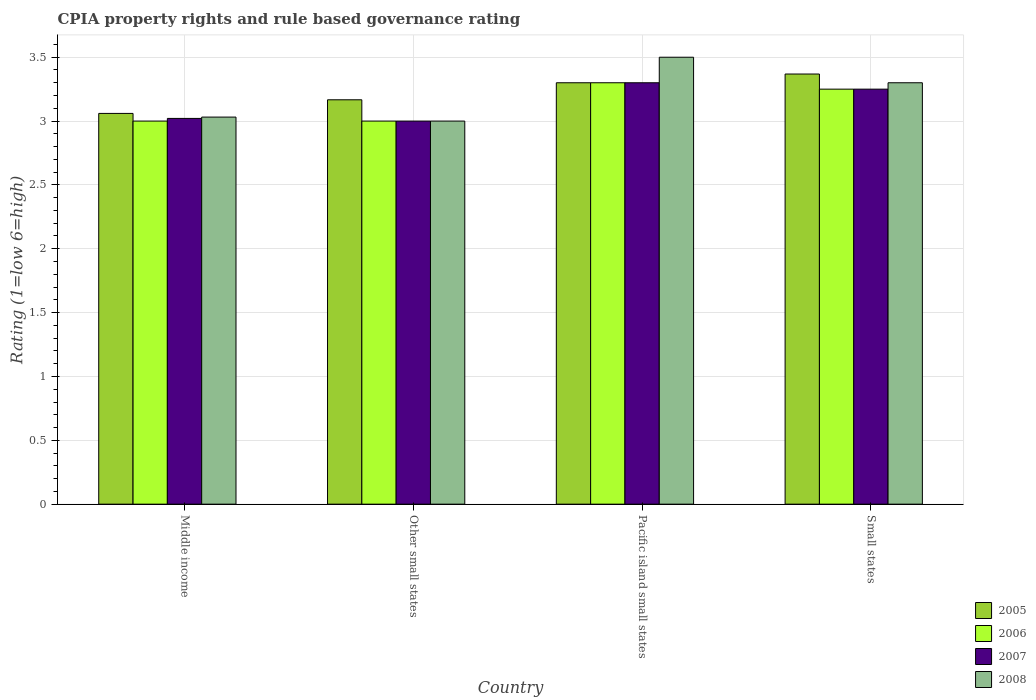
| Country | 2005 | 2006 | 2007 | 2008 |
 | --- | --- | --- | --- | --- |
 | Middle income | 3.06 | 3 | 3.02 | 3.03 |
 | Other small states | 3.17 | 3 | 3 | 3 |
 | Pacific island small states | 3.3 | 3.3 | 3.3 | 3.5 |
 | Small states | 3.37 | 3.25 | 3.25 | 3.3 |